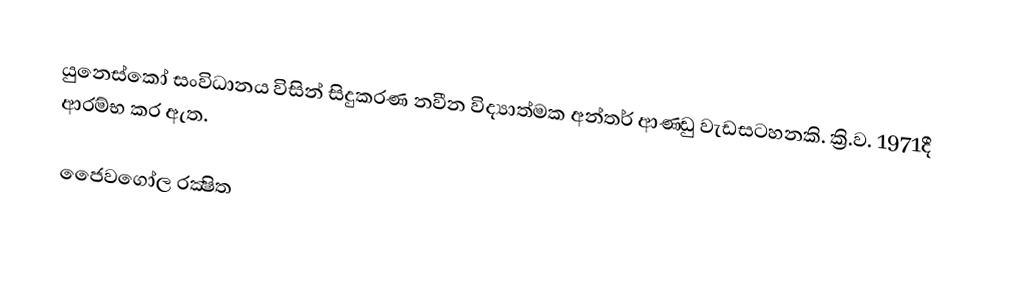
යුනෙස්කෝ සංවිධානය විසින් සිදුකරණ නවීන විද්‍යාත්මක අන්තර් ආණ‍්ඩු  වැඩසටහනකි. ක්‍රි.ව. 1971දී ආරම්භ කර ඇත.

ජෙෙවගෝල රක්‍ෂිත